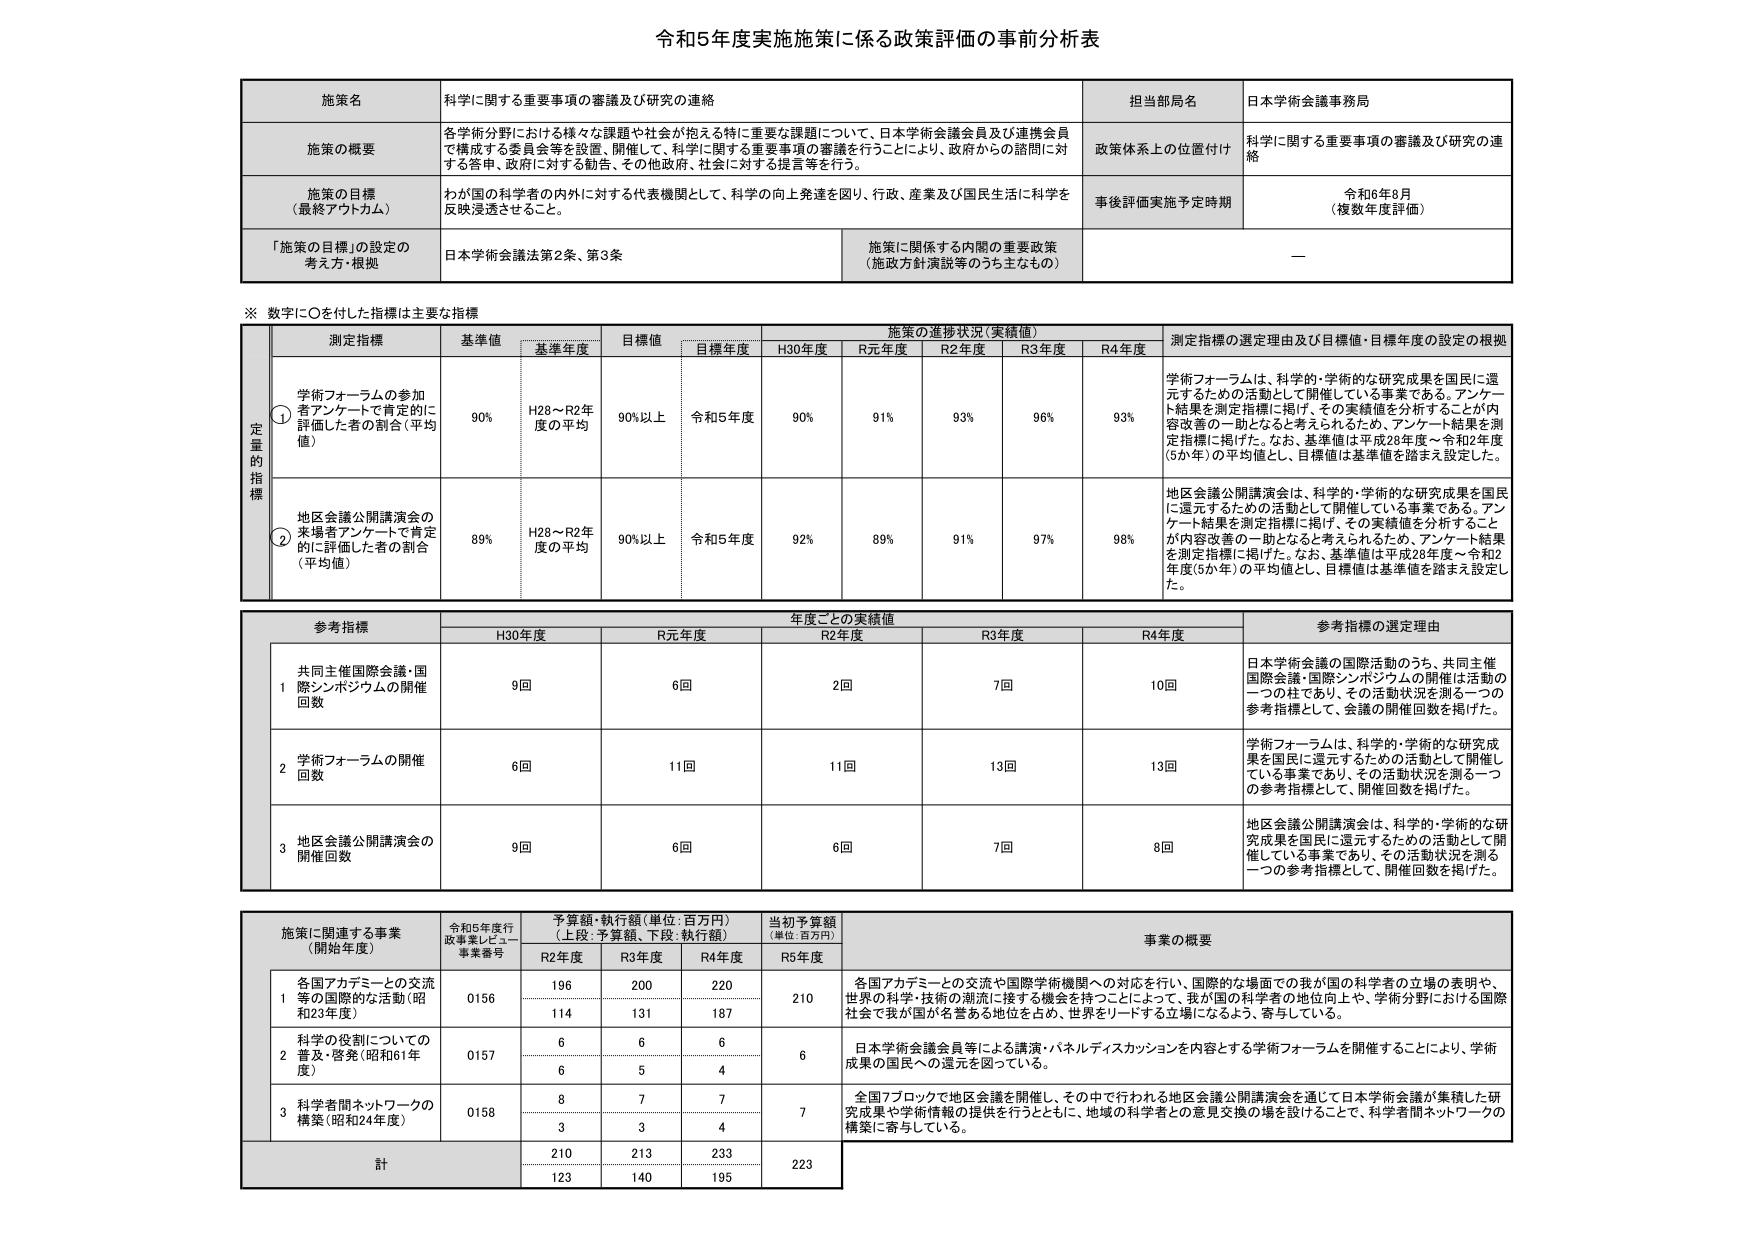
令和5年度実施施策に係る政策評価の事前分析表

施策名 科学に関する重要事項の審議及び研究の連絡
担当部局名 日本学術会議事務局

施策の概要 各学術分野における様々な課題や社会が抱える特に重要な課題について、日本学術会議会員及び連携会員で構成する委員会等を設置、開催して、科学に関する重要事項の審議を行うことにより、政府からの諮問に対する答申、政府に対する勧告、その他政府、社会に対する提言等を行う。
政策体系上の位置付け 科学に関する重要事項の審議及び研究の連絡

施策の目標 （最終アウトカム） わが国の科学者の内外に対する代表機関として、科学の向上発達を図り、行政、産業及び国民生活に科学を反映浸透させること。
事後評価実施予定時期 令和6年8月 （複数年度評価）

「施策の目標」の設定の考え方・根拠 日本学術会議法第2条、第3条 施策に関係する内閣の重要政策 （施策方針演説等のうち主なもの） ——

※ 数字に○を付けた指標は主要な指標

定量的指標 測定指標 基準値 基準年度 目標値 目標年度 施策の進捗状況（実績値） H30年度 R元年度 R2年度 R3年度 R4年度 測定指標の選定理由及び目標値・目標年度の設定の根拠

① 学術フォーラムの参加者アンケートで肯定的に評価した者の割合（平均値） 90% H28～R2年度の平均 90%以上 令和5年度 90% 91% 93% 96% 93% 学術フォーラムは、科学的・学術的な研究成果を国民に還元するための活動として開催している事業である。アンケート結果を測定指標に掲げ、その実績値を分析することが内容改善の一助となると考えられるため、アンケート結果を測定指標に掲げた。なお、基準値は平成28年度～令和2年度（5か年）の平均値とし、目標値は基準値を踏まえ設定した。

② 地区会議公開講演会の来場者アンケートで肯定的に評価した者の割合（平均値） 89% H28～R2年度の平均 90%以上 令和5年度 92% 89% 91% 97% 98% 地区会議公開講演会は、科学的・学術的な研究成果を国民に還元するための活動として開催している事業である。アンケート結果を測定指標に掲げ、その実績値を分析することが内容改善の一助となると考えられるため、アンケート結果を測定指標に掲げた。なお、基準値は平成28年度～令和2年度（5か年）の平均値とし、目標値は基準値を踏まえ設定した。

参考指標 年度ごとの実績値 H30年度 R元年度 R2年度 R3年度 R4年度 参考指標の選定理由

1 共同主催国際会議・国際シンポジウムの開催回数 9回 6回 2回 7回 10回 日本学術会議の国際活動のうち、共同主催国際会議・国際シンポジウムの開催は活動の一つの柱であり、その活動状況を測る一つの参考指標として、会議の開催回数を掲げた。

2 学術フォーラムの開催回数 6回 11回 11回 13回 13回 学術フォーラムは、科学的・学術的な研究成果を国民に還元するための活動として開催している事業であり、その活動状況を測る一つの参考指標として、開催回数を掲げた。

3 地区会議公開講演会の開催回数 9回 6回 6回 7回 8回 地区会議公開講演会は、科学的・学術的な研究成果を国民に還元するための活動として開催している事業であり、その活動状況を測る一つの参考指標として、開催回数を掲げた。

施策に関連する事業 （開始年度） 令和5年度行政事業レビュー事業番号 予算額・執行額（単位：百万円） （上段：予算額、下段：執行額） 当初予算額 （単位：百万円） 事業の概要

R2年度 R3年度 R4年度 R5年度

1 各国アカデミーとの交流等の国際的な活動（昭和23年度） 0156 196 200 220 210 各国アカデミーとの交流や国際学術機関への対応を行い、国際的な場面でわが国の科学者の立場の表明や、世界の科学・技術の潮流に接する機会を持つことによって、わが国の科学者の地位向上や、学術分野における国際社会で我が国が名誉ある地位を占め、世界をリードする立場になるよう、寄与している。 114 131 187

2 科学の役割についての普及・啓発（昭和61年度） 0157 6 6 6 6 日本学術会議会員等による講演・パネルディスカッションを内容とする学術フォーラムを開催することにより、学術成果の国民への還元を図っている。 6 5 4

3 科学者間ネットワークの構築（昭和24年度） 0158 8 7 7 7 全国7ブロックで地区会議を開催し、その中で行われる地区会議公開講演会を通じて日本学術会議が集積した研究成果や学術情報の提供を行うとともに、地域の科学者との意見交換の場を設けることで、科学者間ネットワークの構築に寄与している。 3 3 4

計 210 213 233 223 123 140 195